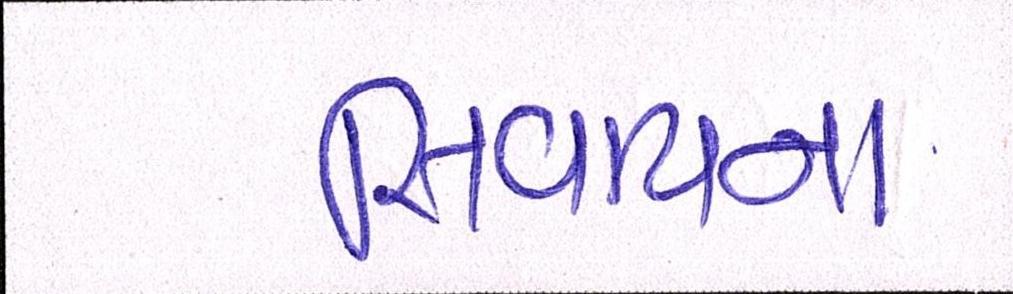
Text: સિવાયના